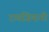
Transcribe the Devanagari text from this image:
रावजियानी